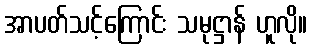
အာပတ်သင့်ကြောင်း သမုဋ္ဌာန် ဟူလို။